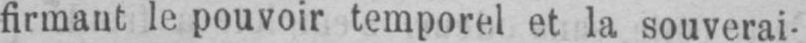
firmant le pouvoir temporel et la souverai-